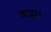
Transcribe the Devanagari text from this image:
गद्दा।